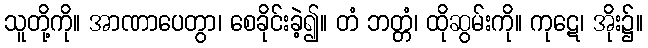
သူတို့ကို။ အာဏာပေတွာ၊ စေခိုင်းခဲ့၍။ တံ ဘတ္တံ၊ ထိုဆွမ်းကို။ ကုဋေ၊ အိုး၌။